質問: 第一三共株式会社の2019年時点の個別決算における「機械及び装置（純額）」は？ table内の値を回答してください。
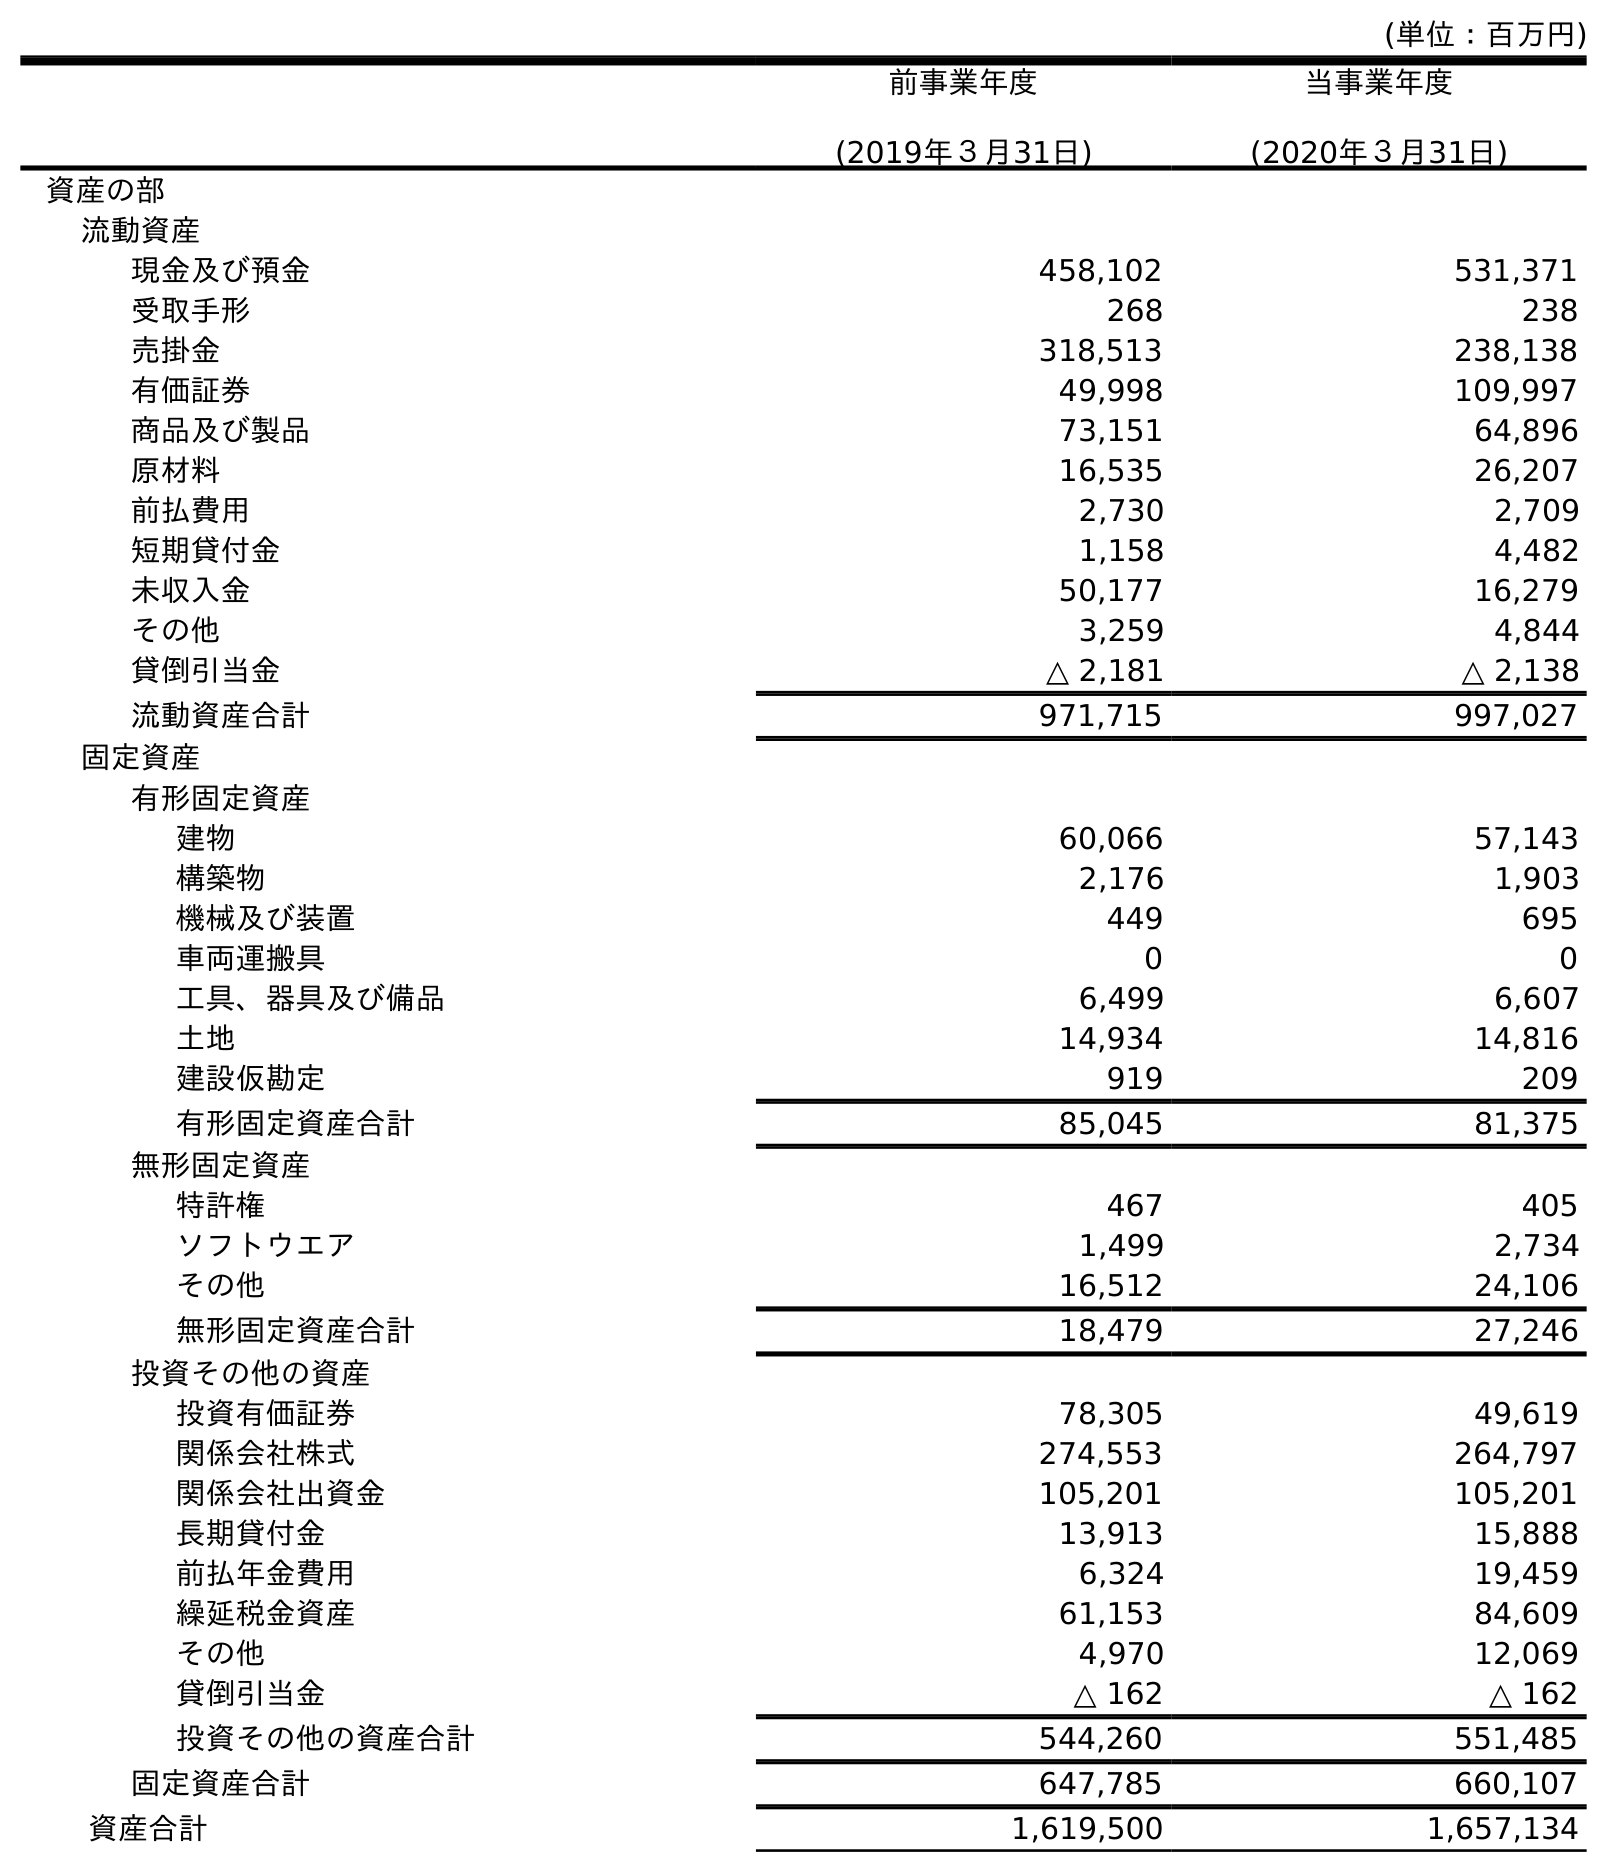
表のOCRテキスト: (単位：百万円) 前事業年度 (2019年３月31日) 当事業年度 (2020年３月31日) 資産の部 流動資産 現金及び預金 458,102 531,371 受取手形 268 238 売掛金 318,513 238,138 有価証券 49,998 109,997 商品及び製品 73,151 64,896 原材料 16,535 26,207 前払費用 2,730 2,709 短期貸付金 1,158 4,482 未収入金 50,177 16,279 その他 3,259 4,844 貸倒引当金 △ 2,181 △ 2,138 流動資産合計 971,715 997,027 固定資産 有形固定資産 建物 60,066 57,143 構築物 2,176 1,903 機械及び装置 449 695 車両運搬具 0 0 工具、器具及び備品 6,499 6,607 土地 14,934 14,816 建設仮勘定 919 209 有形固定資産合計 85,045 81,375 無形固定資産 特許権 467 405 ソフトウエア 1,499 2,734 その他 16,512 24,106 無形固定資産合計 18,479 27,246 投資その他の資産 投資有価証券 78,305 49,619 関係会社株式 274,553 264,797 関係会社出資金 105,201 105,201 長期貸付金 13,913 15,888 前払年金費用 6,324 19,459 繰延税金資産 61,153 84,609 その他 4,970 12,069 貸倒引当金 △ 162 △ 162 投資その他の資産合計 544,260 551,485 固定資産合計 647,785 660,107 資産合計 1,619,500 1,657,134
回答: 449